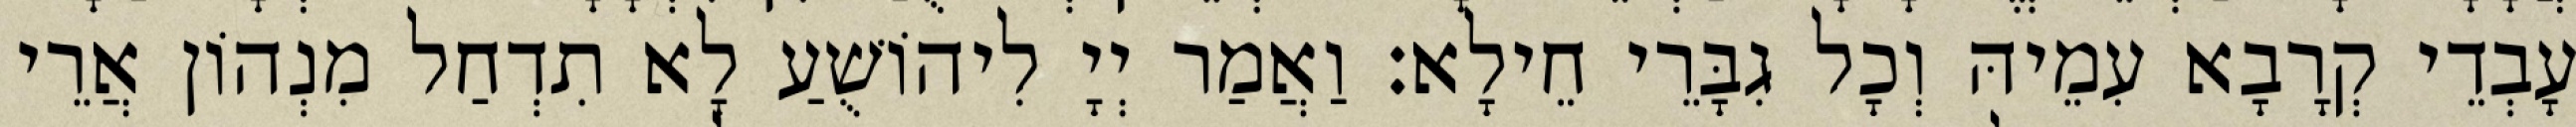
עָבְדֵי קְרָבָא עִמֵיהּ וְכָל גִבָּרֵי חֵילָא׃ וַאֲמַר יְיָ לִיהוֹשֻׁעַ לָא תִדְחַל מִנְהוֹן אֲרֵי